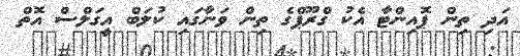
އަދި ތިން ޕޮއިންޓާ އެކު ގްރޫޕްގެ ތިން ވަނާގައި ކުލަބް އީގަލްސް އޮތް